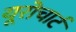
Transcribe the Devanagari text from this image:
यूरोचार्ट